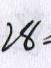
2 8